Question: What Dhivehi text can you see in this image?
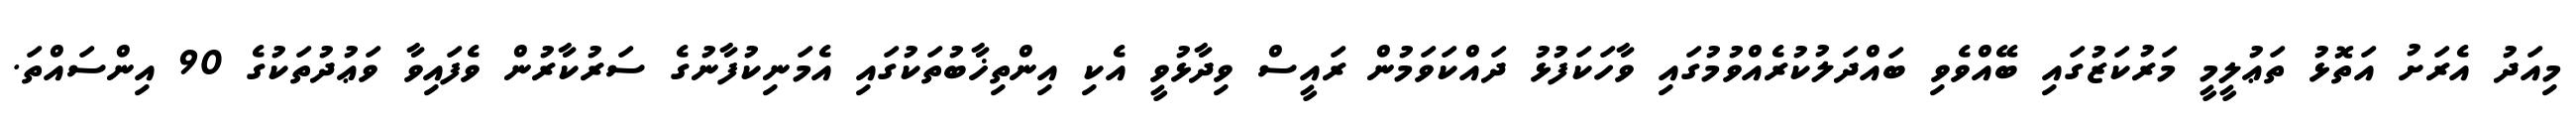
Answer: މިއަދު އެރަށު އަތޮޅު ތަޢުލީމީ މަރުކަޒުގައި ބޭއްވެވި ބައްދަލުކުރެއްވުމުގައި ވާހަކަފުޅު ދައްކަވަމުން ރައީސް ވިދާޅުވީ އެކި އިންތިޚާބުތަކުގައި އެމަނިކުފާނުގެ ސަރުކާރުން ވެފައިވާ ވަޢުދުތަކުގެ 90 އިންސައްތަ.